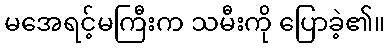
မအေရင့်မကြီးက သမီးကို ပြောခဲ့၏။